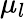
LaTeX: \mu_{l}